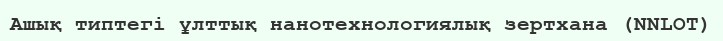
Ашық типтегі ұлттық нанотехнологиялық зертхана (NNLOT)